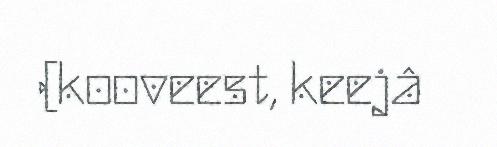
(kooveest, keejâ